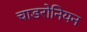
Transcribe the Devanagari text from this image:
चाडरोनियन